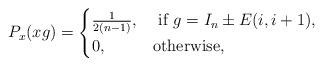
LaTeX: \begin{align*}P_x(xg)= \begin{cases} \frac{1}{2(n-1)}, & \mbox{ if } g= I_n \pm E(i,i+1) , \\ 0, & \mbox{otherwise,}\end{cases}\end{align*}